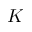
K